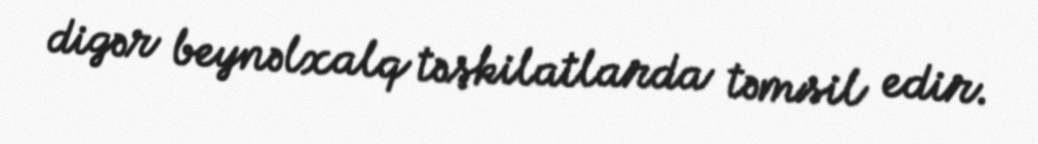
digər beynəlxalq təşkilatlarda təmsil edir.